Document type: Dowry acquittance
Year: 1240
Scribe: Pere de Bages
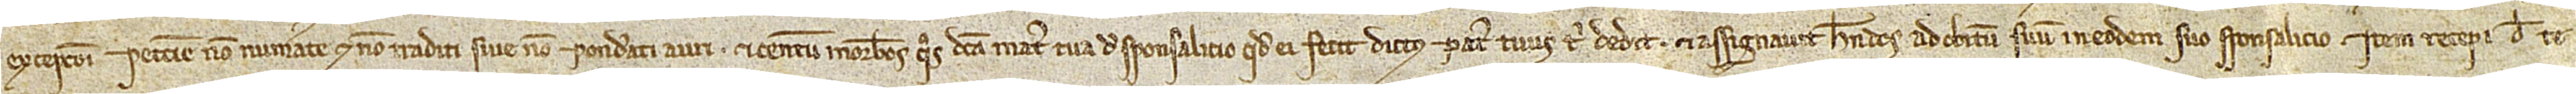
excepcioni peccunie non numerate et non traditi sive non ponderati auri, et centum morabatinos quos dicta mater tua de sponsalicio quod ei fecit dictus pater tuus tibi dedit et assignavit, habendos ad obitum suum in eodem suo sponsalicio. Item, recepi de te